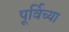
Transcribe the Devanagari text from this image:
पूर्विच्या